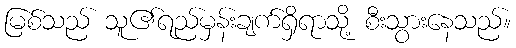
မြစ်သည် သူ၏ရည်မှန်းချက်ရှိရာသို့ စီးသွားနေသည်။